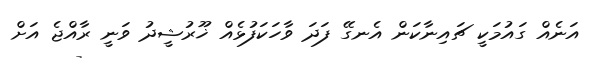
އަނެއް ގައުމަކީ ޗައިނާކަން އެނގޭ ފަދަ ވާހަކަފުޅެއް ޚޫރުޝީދު ވަނީ ރާއްޖެ އަށް